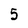
Character: 5